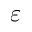
\varepsilon